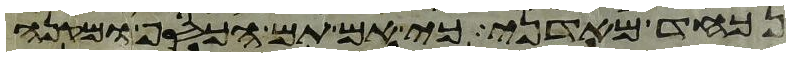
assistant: נכחד מאדני כי אם תם הכסף ומקנה